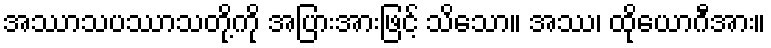
အဿာသပဿာသတို့ကို အပြားအားဖြင့် သိသော။ အဿ၊ ထိုယောဂီအား။